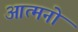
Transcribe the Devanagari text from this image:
आत्मनो